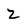
Character: z